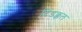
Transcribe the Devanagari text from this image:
दिंडक्कल